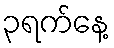
၃ရက်နေ့